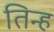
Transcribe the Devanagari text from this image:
तिन्ह